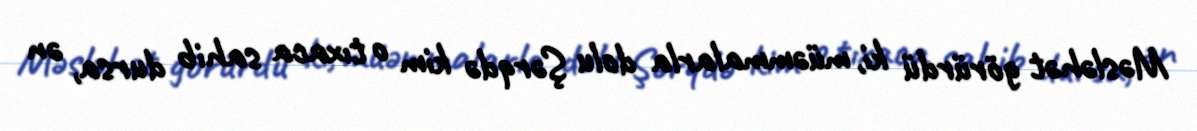
Məsləhət görürdü ki, müəmmalarla dolu Şərqdə kim o tıxaca sahib dursa, ən